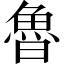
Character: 魯